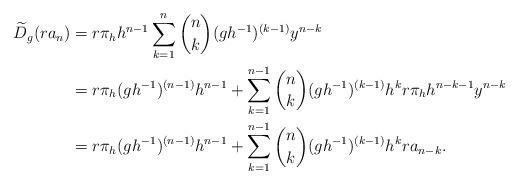
LaTeX: \begin{align*}\widetilde D_g (r a_n) & = r\pi_h h^{n-1} \sum_{k=1}^n {n \choose k} (gh^{-1})^{(k-1)} y^{n-k} \\ &= r\pi_h (gh^{-1})^{(n-1)} h^{n-1} + \sum_{k=1}^{n-1} {n \choose k} (gh^{-1})^{(k-1)} h^k r \pi_h h^{n-k-1} y^{n-k} \\&= r \pi_h (gh^{-1})^{(n-1)} h^{n-1} + \sum_{k=1}^{n-1} {n \choose k} (gh^{-1})^{(k-1)} h^k r a_{n-k}. \end{align*}